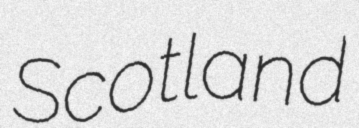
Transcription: Scotland